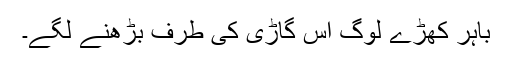
باہر کھڑے لوگ اس گاڑی کی طرف بڑھنے لگے۔